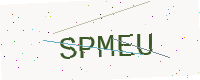
Text: SPMEU